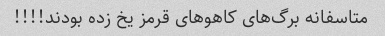
متاسفانه برگ‌های کاهو‌های قرمز یخ زده بودند!!!!